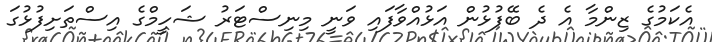
އެކަމުގެ ޒިންމާ އެ ދެ ބޭފުޅުން އަޅުއްވާފައި ވަނީ މިނިސްޓަރު ޝަހީމްގެ އިސްތަށިފުޅުގަ